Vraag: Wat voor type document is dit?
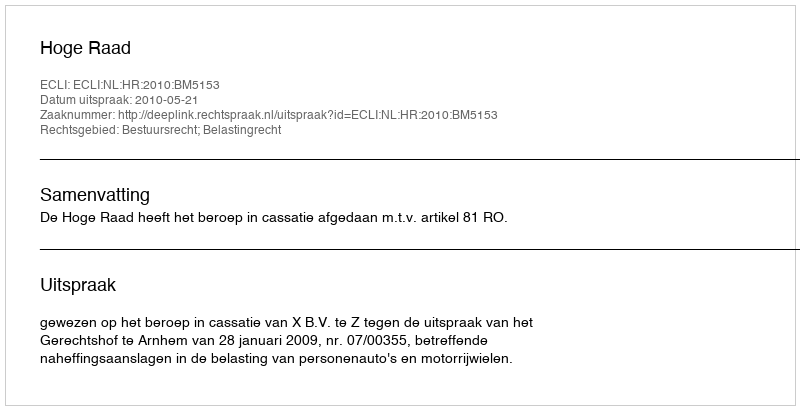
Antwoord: Uitspraak